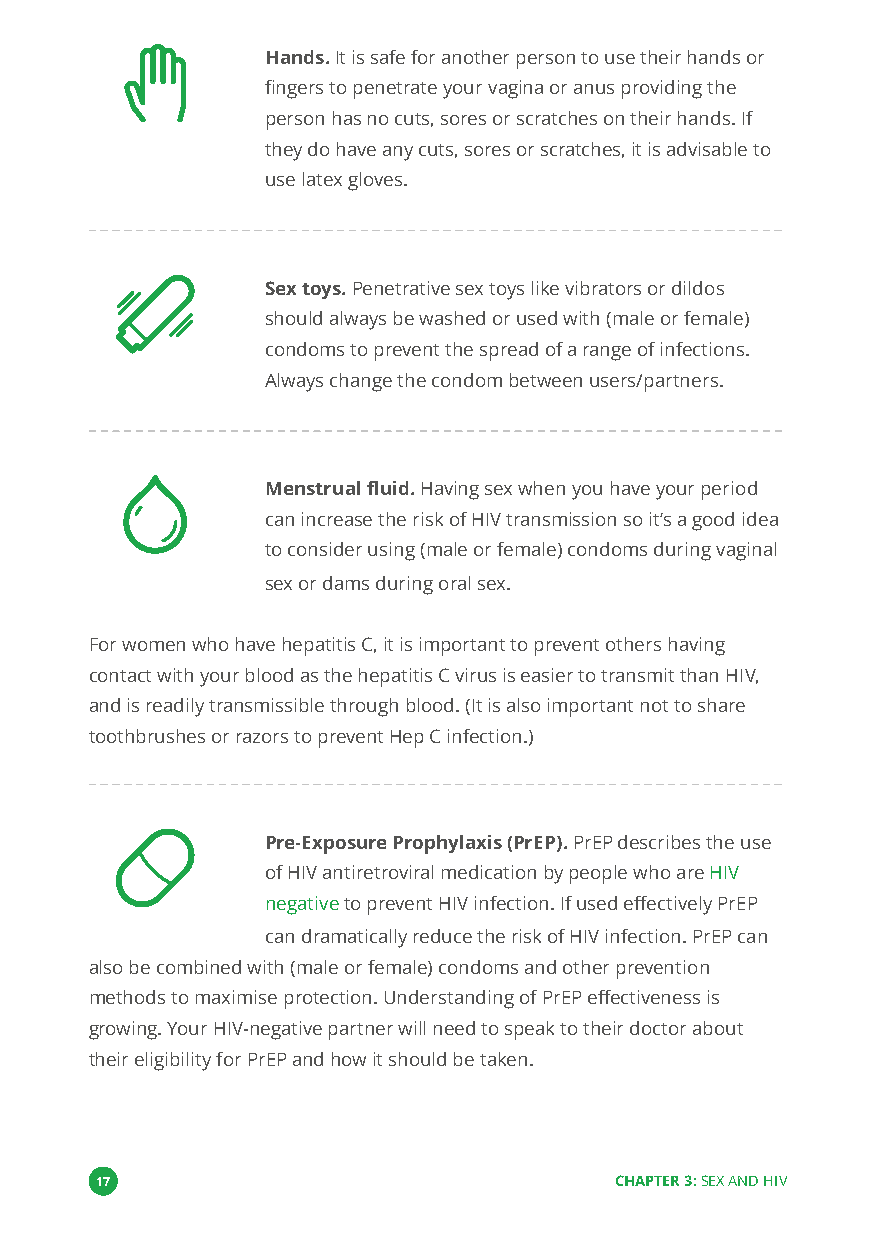
Hands.It is safe for another person to use their hands or
 fingers to penetrate your vagina or anus providing the
 person has no cuts, sores or scratches on their hands. If
 they do have any cuts, sores or scratches, it is advisable to
 use latex gloves.
 Sex toys.Penetrative sex toys like vibrators or dildos
 should always be washed or used with (male or female)
 condoms to prevent the spread of a range of infections.
 Always change the condom between users/partners.
 Menstrual fluid.Having sex when you have your period
 can increase the risk of HIV transmission so it’s a good idea
 to consider using (male or female) condoms during vaginal
 sex or dams during oral sex.
 For women who have hepatitis C, it is important to prevent others having
 contact with your blood as the hepatitis C virus is easier to transmit than HIV,
 and is readily transmissible through blood. (It is also important not to share
 toothbrushes or razors to prevent Hep C infection.)
 Pre-Exposure Prophylaxis (PrEP).PrEP describes the use
 of HIV antiretroviral medication by people who areHIV
 negativeto prevent HIV infection. If used effectively PrEP
 can dramatically reduce the risk of HIV infection. PrEP can
 also be combined with (male or female) condoms and other prevention
 methods to maximise protection. Understanding of PrEP effectiveness is
 growing. Your HIV-negative partner will need to speak to their doctor about
 their eligibility for PrEP and how it should be taken.
 17                                 CHAPTER 3:SEX AND HIV